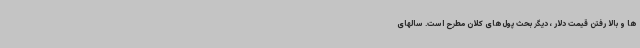
ها و بالا رفتن قیمت دلار ، دیگر بحث پول‌های کلان مطرح است. سالهای